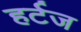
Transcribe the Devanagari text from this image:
हर्टज